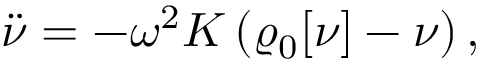
{ \displaystyle { \ddot { \nu } } = - \omega ^ { 2 } { \cal K } \left( \varrho _ { \mathrm { 0 } } [ \nu ] - \nu \right) , }